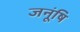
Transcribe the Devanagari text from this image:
जनूंषि